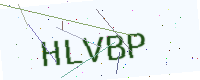
Text: HLVBP